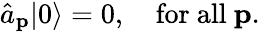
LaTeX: {\hat{a}}_{\mathbf{p}}|0\rangle=0,\quad{\mathrm{for~all~}}\mathbf{p}.